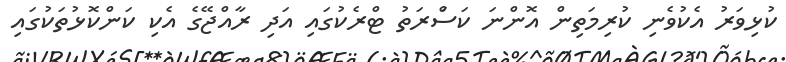
ކުޅިވަރު އެކުވެނި ކުރިމަތިން އޮންނަ ކަސްަރަތު ޓްރެކުގައި އަދި ރާއްޖޭގެ އެކި ކަންކޮޅުތަކުގައި